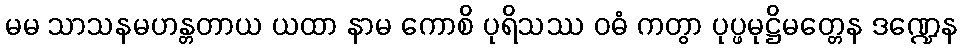
မမ သာသနမဟန္တတာယ ယထာ နာမ ကောစိ ပုရိသဿ ဝဓံ ကတွာ ပုပ္ဖမုဋ္ဌိမတ္တေန ဒဏ္ဍေန